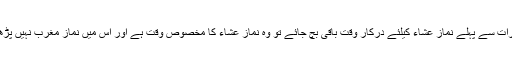
اسی طرح آدھی رات سے پہلے نماز عشاء کیلئے درکار وقت باقی بچ جائے تو وہ نماز عشاء کا مخصوص وقت ہے اور اس میں نماز مغرب نہیں پڑھی جا سکتی ہے۔